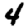
Digit: 4